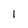
Character: 1